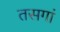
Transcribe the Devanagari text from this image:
तसगां